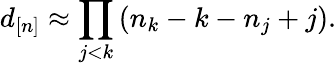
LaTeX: d_{[n]}\approx\prod_{j<k}\left(n_{k}-k-n_{j}+j\right).